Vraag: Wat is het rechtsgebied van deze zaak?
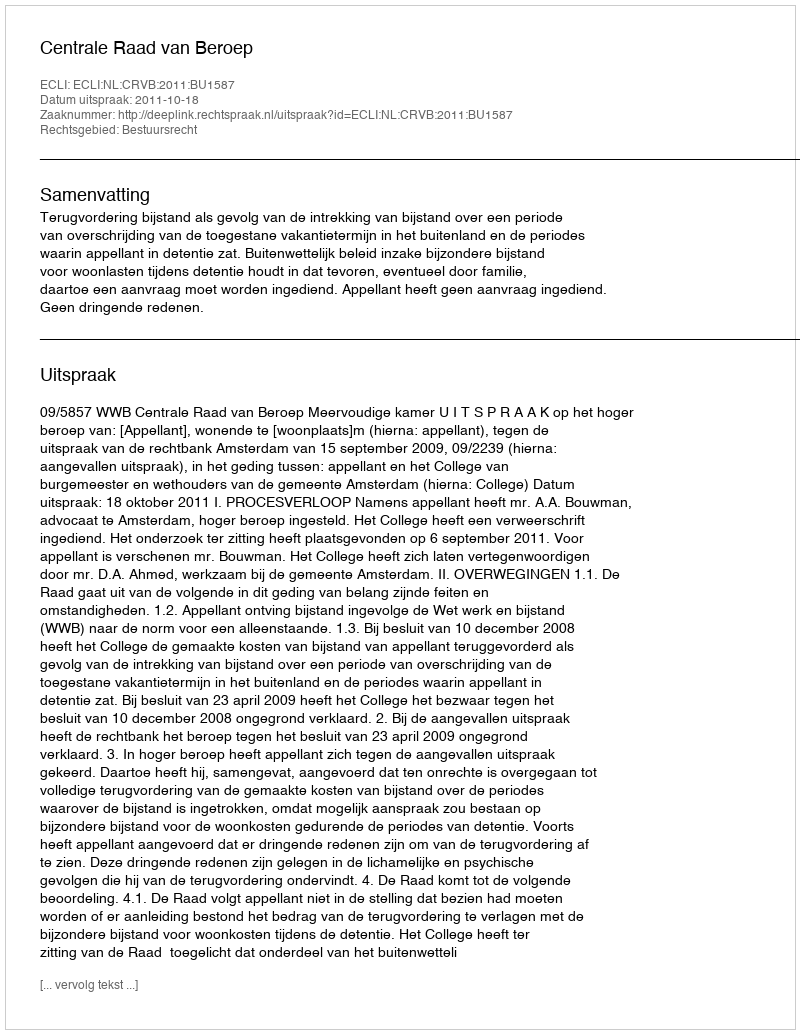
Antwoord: Bestuursrecht